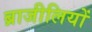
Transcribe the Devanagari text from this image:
ब्राजीलियों